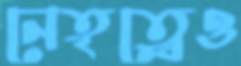
নেতৃত্বেও